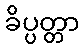
ခိပ္ပတ္တာ